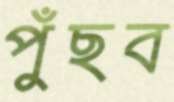
পুঁছব